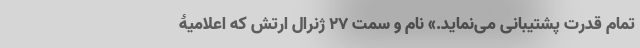
تمام‌ قدرت‌ پشتیبانی ‌می‌نماید.» نام و سمت 27 ژنرال ارتش که اعلامیۀ